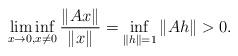
LaTeX: \begin{align*} \liminf_{x \to 0, x \neq 0} \frac{\|Ax\|}{\|x\|} = \inf_{\|h\| = 1} \|Ah\| > 0. \end{align*}